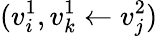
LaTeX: (v_{i}^{1},v_{k}^{1}\leftarrow v_{j}^{2})